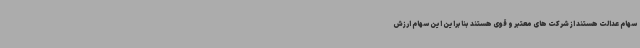
سهام عدالت هستند از شرکت های معتبر و قوی هستند بنابراین این سهام ارزش